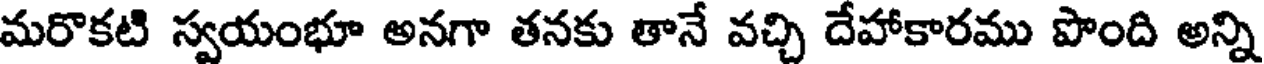
మరొకటి స్వయంభూ అనగా తనకు తానే వచ్చి దేహాకారము పొంది అన్ని